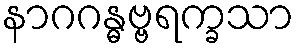
နာဂဂန္ဓဗ္ဗရက္ခသာ